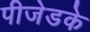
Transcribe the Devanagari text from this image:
पीजेडके